65_HS1-834228961_62-HQ-83894_Section_9
Agency: FBI
Page 243
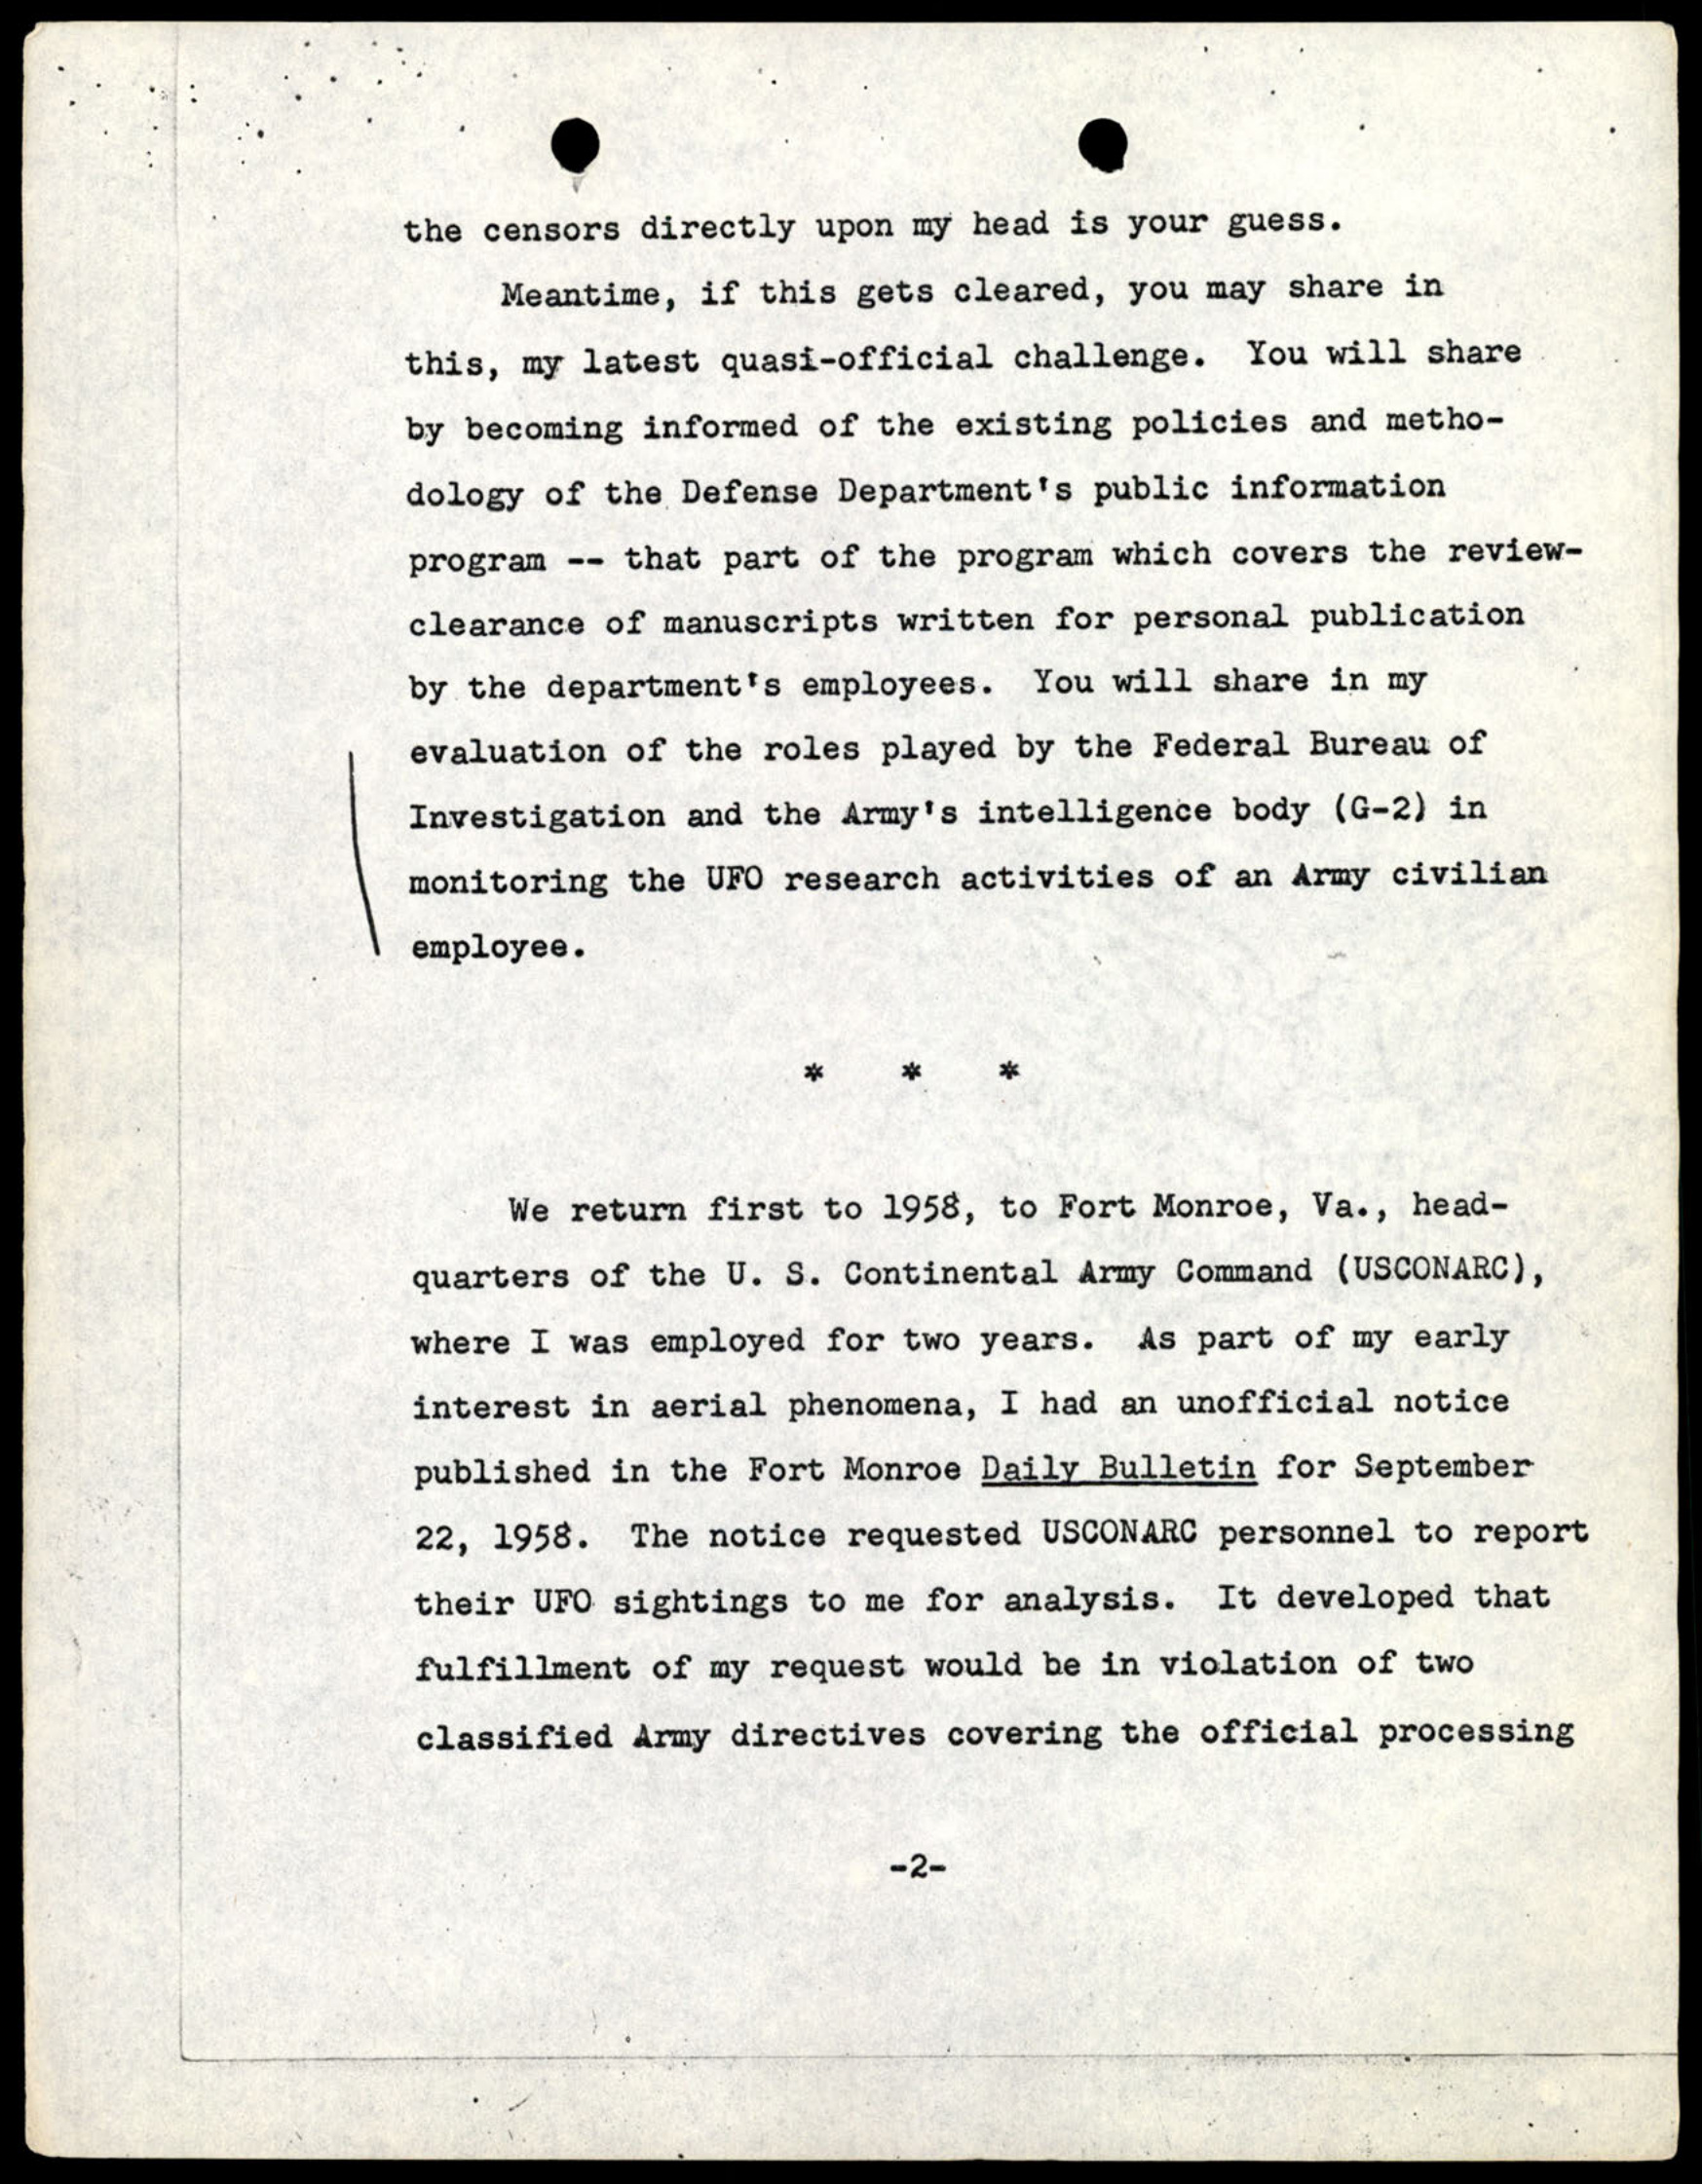